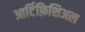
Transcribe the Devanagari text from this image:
आर्टिफ़िशिअल